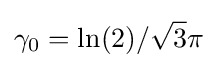
\gamma _{0}=\ln(2)/{\sqrt {3}}\pi